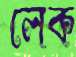
লেক